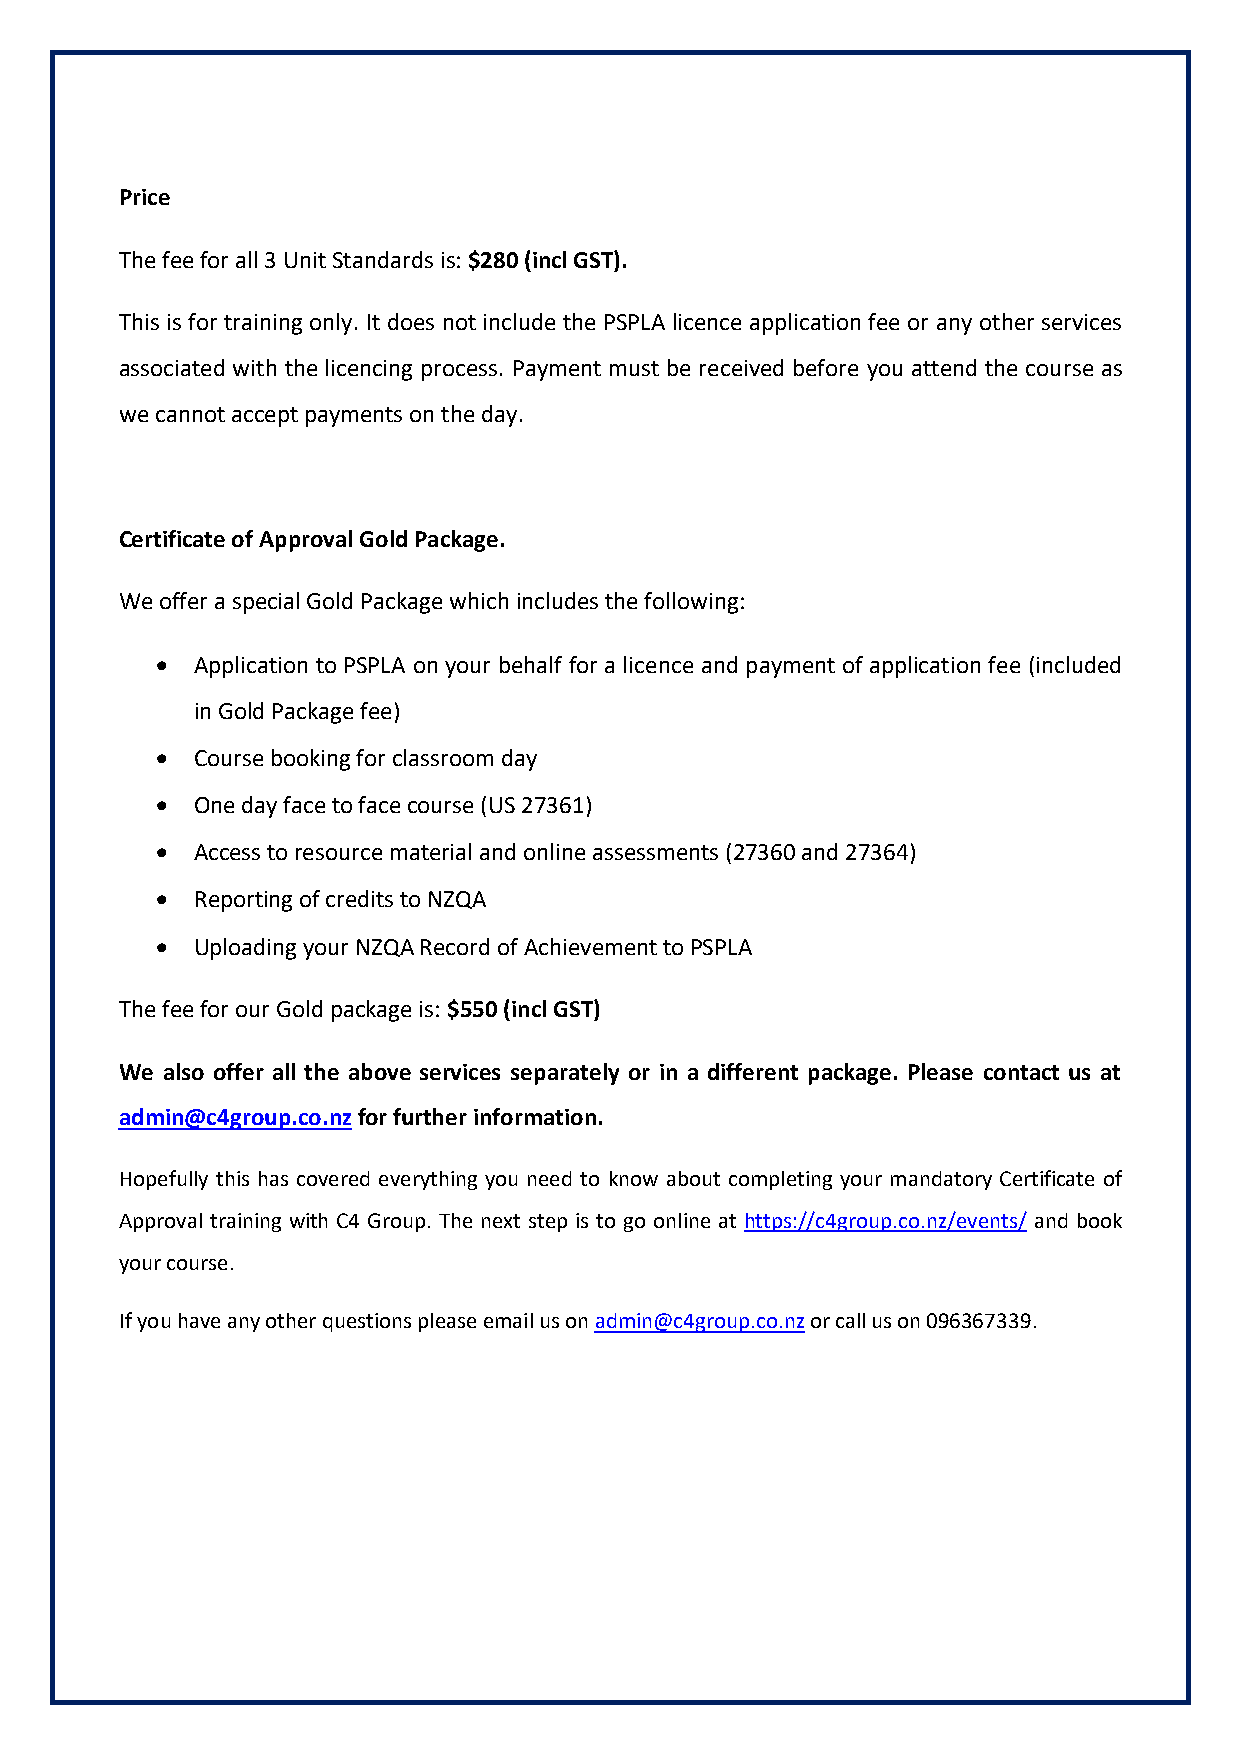
Price
 The fee for all 3 Unit Standards is: $280 (incl GST).
 This is for training only. It does not include the PSPLA licence application fee or any other services
 associated with the licencing process. Payment must be received before you attend the course as
 we cannot accept payments on the day.
 Certificate of Approval Gold Package.
 We offer a special Gold Package which includes the following:
 •  Application to PSPLA on your behalf for a licence and payment of application fee (included
 in Gold Package fee)
 •  Course booking for classroom day
 •  One day face to face course (US 27361)
 •  Access to resource material and online assessments (27360 and 27364)
 •  Reporting of credits to NZQA
 •  Uploading your NZQA Record of Achievement to PSPLA
 The fee for our Gold package is: $550 (incl GST)
 We also offer all the above services separately or in a different package. Please contact us at
 admin@c4group.co.nz for further information.
 Hopefully this has covered everything you need to know about completing your mandatory Certificate of
 Approval training with C4 Group. The next step is to go online at https://c4group.co.nz/events/ and book
 your course.
 If you have any other questions please email us on admin@c4group.co.nz or call us on 096367339.